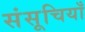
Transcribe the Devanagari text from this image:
संसूचियाँ